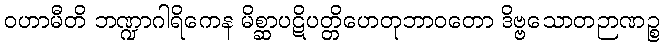
ဝဟာမီတိ ဘဏ္ဍာဂါရိကေန မိစ္ဆာပဋိပတ္တိဟေတုဘာဝတော ဒိဗ္ဗသောတဉာဏဉ္စ